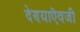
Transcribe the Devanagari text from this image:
देण्याऎवजी